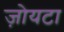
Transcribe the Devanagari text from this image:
ज़ोयटा